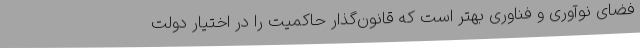
فضای نوآوری و فناوری بهتر است که قانون‌گذار حاکمیت را در اختیار دولت